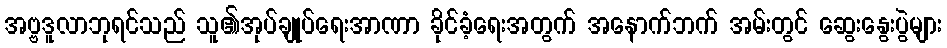
အဗ္ဗဒူလာဘုရင်သည် သူ၏အုပ်ချုပ်ရေးအာဏာ ခိုင်ခံ့ရေးအတွက် အနောက်ဘက် အမ်းတွင် ဆွေးနွေးပွဲများ